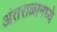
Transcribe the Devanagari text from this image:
अंतराळामध्ये